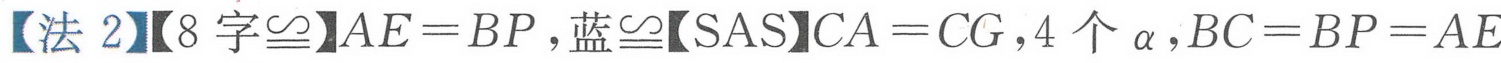
【法 2】【8 字\(\cong\)】\(AE = BP\)，蓝\(\cong\)【SAS】\(CA = CG\)，4 个\(\alpha\)，\(BC = BP = AE\)